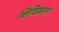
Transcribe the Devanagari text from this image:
शिविस्तान